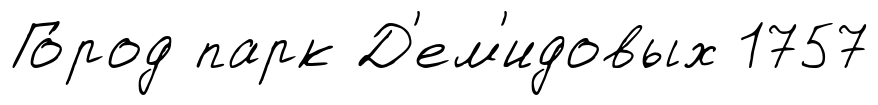
Го́род парк Д'ем'идовых 1757